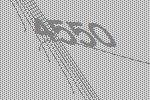
4550